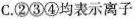
C.②③④均表示离子